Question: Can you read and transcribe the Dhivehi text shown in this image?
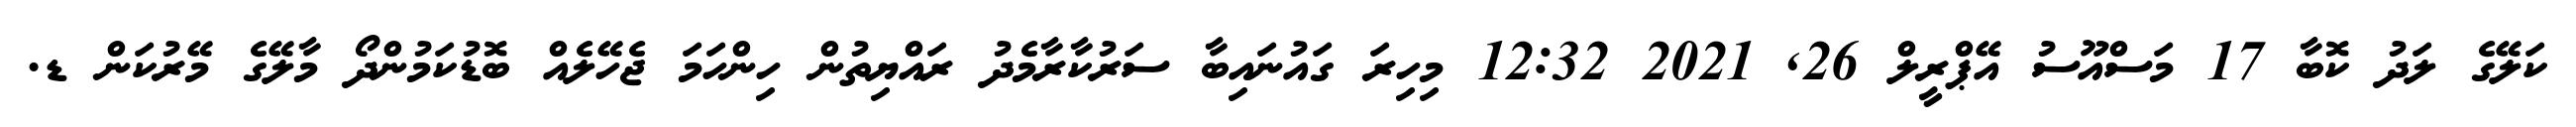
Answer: ކަލޭގެ ލަދު ކޮބާ 17 މަސްއޫސު އޭޕްރީލް 26, 2021 12:32 މިހިރަ ގައުނައިބާ ސަރުކާރާމެދު ރައްޔިތުން ހިންހަމަ ޖެހޭލެއް ބޮޑުކަމުންދޯ މާލޭގެ މޭރުކަން ޑ.